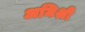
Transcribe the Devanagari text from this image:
अमिश्री